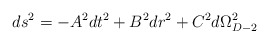
\begin{align*}ds^{2}=-A^{2}dt^{2}+B^2dr^{2}+C^2d\Omega_{D-2}^{2} \end{align*}